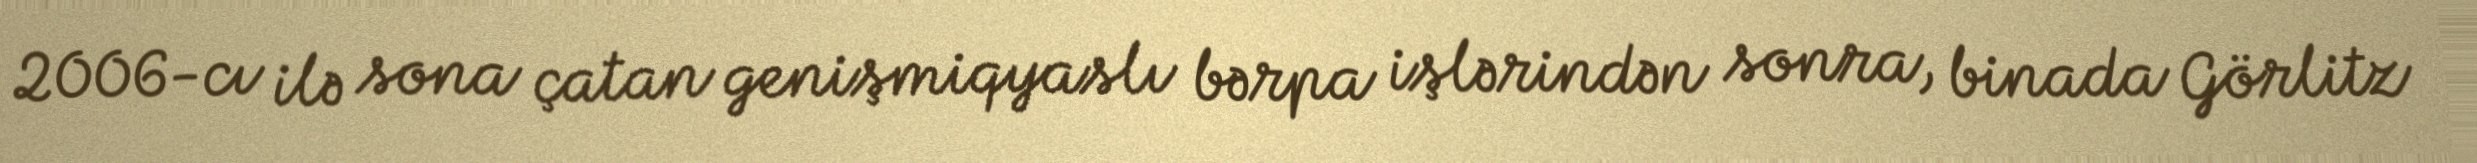
2006-cı ilə sona çatan genişmiqyaslı bərpa işlərindən sonra, binada Görlitz